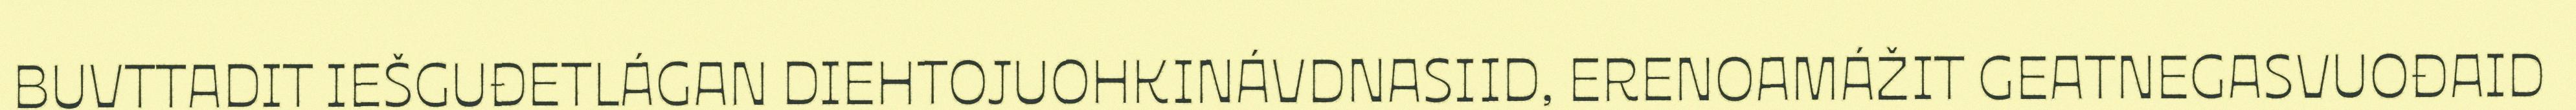
BUVTTADIT IEŠGUĐETLÁGAN DIEHTOJUOHKINÁVDNASIID, ERENOAMÁŽIT GEATNEGASVUOĐAID